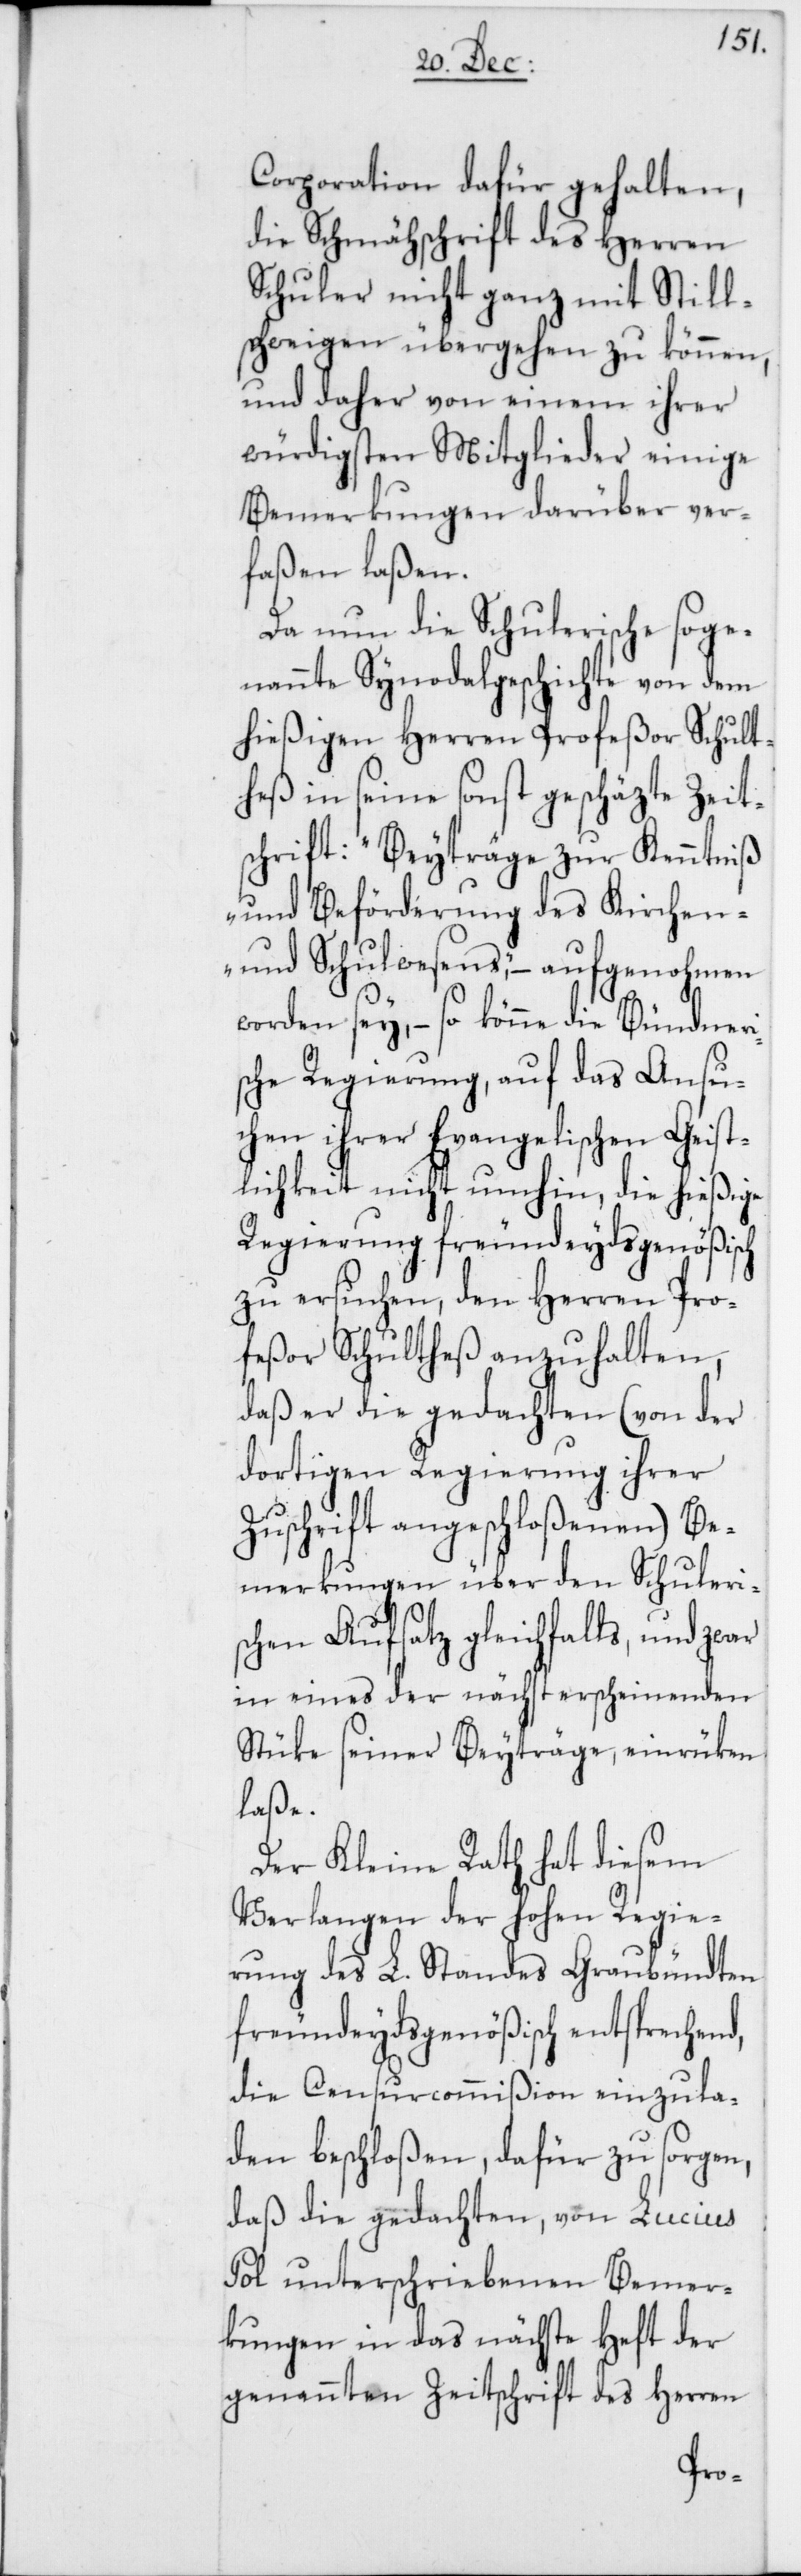
Corporation dafür gehalten,
die Schmähschrift des Herren
Schuler nicht ganz mit Still¬
schweigen übergehen zu können,
und daher von einem ihrer
würdigsten Mitglieder einige
Bemerkungen darüber ver¬
faßen laßen.
Da nun die Schulerische soge¬
nannte Synodalgeschichte von dem
hießigen Herren Profeßor Schult¬
heß in seine sonst geschäzte Zeit¬
schrift: „Beyträge zur Kenntniß
und Beförderung des Kirchen-
und Schulwesens“, – aufgenohmen
worden sey, – so könne die Bündneri¬
sche Regierung, auf das Ansu¬
chen ihrer Evangelischen Geist¬
lichkeit nicht umhin, die hießige
Regierung freundeydsgenößisch
zu ersuchen, den Herren Pro¬
feßor Schultheß anzuhalten,
daß er die gedachten (von der
dortigen Regierung ihrer
Zuschrift angeschloßenen) Be¬
merkungen über den Schuleri¬
schen Aufsatz gleichfalls, und zwar
in eines der nächst erscheinenden
Stücke seiner Beyträge, einrüken
lasse.
Der Kleine Rath hat diesem
Verlangen der Hohen Regie¬
rung des L. Standes Graubündten
freundeydsgenößisch entsprechend,
die Censurcommißion einzula¬
den beschloßen, dafür zu sorgen,
daß die gedachten, von Lucius
Pol unterschriebenen Bemer¬
kungen in das nächste Heft der
genannten Zeitschrift des Herren